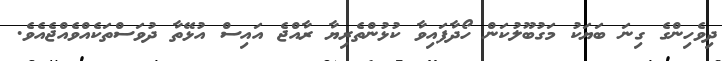
ދިވެހިންގެ ގިނަ ބަޔަކު މަގުބޫލުކަން ހޯދާފައިވާ ކުޅުންތެރިޔާ ރާއްޖެ އައިސް އުޅޭތާ ދުވަސްތަކެއްވެއްޖެއެވެ.